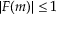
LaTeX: | F ( m ) | \leq 1